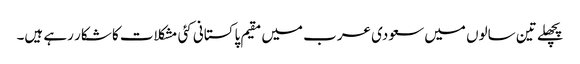
پچھلے تین سالوں میں سعودی عرب میں مقیم پاکستانی کئی مشکلات کا شکار رہے ہیں۔